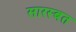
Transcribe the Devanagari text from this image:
सारस्बत